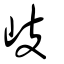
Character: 岐